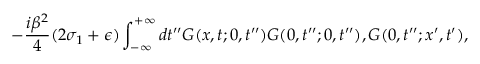
- \frac { i \beta ^ { 2 } } { 4 } ( 2 \sigma _ { 1 } + \epsilon ) \int _ { - \infty } ^ { + \infty } d t ^ { \prime \prime } G ( x , t ; 0 , t ^ { \prime \prime } ) G ( 0 , t ^ { \prime \prime } ; 0 , t ^ { \prime \prime } ) , G ( 0 , t ^ { \prime \prime } ; x ^ { \prime } , t ^ { \prime } ) ,